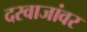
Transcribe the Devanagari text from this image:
दरवाजांवर